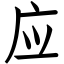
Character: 应